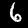
Label: 6